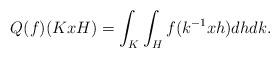
LaTeX: \begin{align*}Q(f)(KxH)=\int_K \int_H f(k^{-1}xh)dh dk.\end{align*}